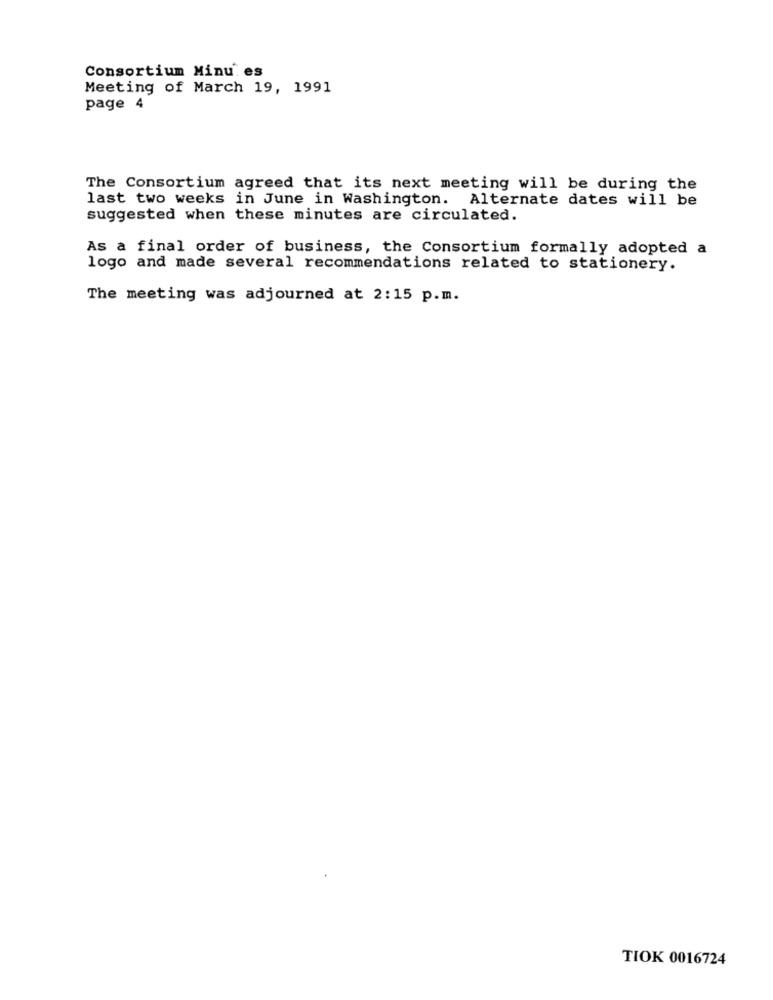
Consortium Minu. es
Meeting of March 19, 1991
page 4
The Consortium agreed that its next meeting will be during the
last two weeks in June in Washington. Alternate dates will be
suggested when these minutes are circulated.
As a final order of business, the Consortium formally adopted a
logo and made several recommendations related to stationery.
The meeting was adjourned at 2:15 p.m.
TIOK 0016724